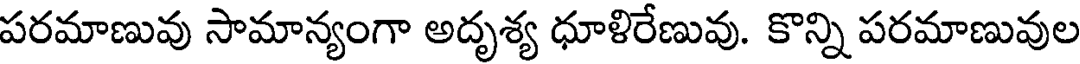
పరమాణువు సామాన్యంగా అదృశ్య ధూళిరేణువు. కొన్ని పరమాణువుల